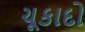
ચૂકાદો